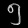
Digit: ၅